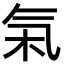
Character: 𬇏